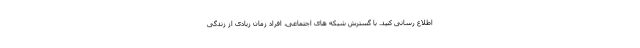
اطلاع رسانی کنید. با گسترش شبکه های اجتماعی، افراد زمان زیادی از زندگی